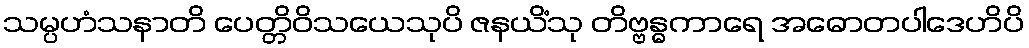
သမ္ပဟံသနာတိ ပေတ္တိဝိသယေသုပိ ဇနယိံသု တိဗ္ဗန္ဓကာရေ အဓောတပါဒေဟိပိ